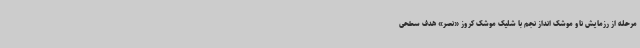
مرحله از رزمایش ناو موشک انداز نجم با شلیک موشک کروز «نصر» هدف سطحی